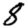
Digit: 8